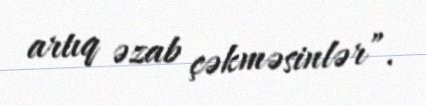
artıq əzab çəkməsinlər”.